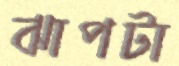
ঝাপটা